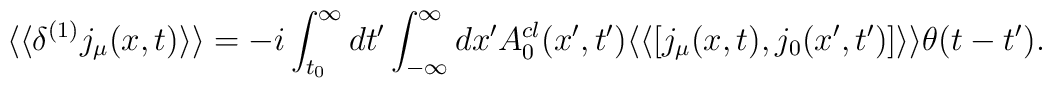
\langle \langle \delta^{(1)} j_\mu (x,t) \rangle \rangle  =  -i\int_{t_0}^{\infty} dt' \int_{-\infty}^{\infty} dx'  A_0^{cl}(x',t')  \langle \langle [j_\mu (x,t),j_0 (x',t')]\rangle \rangle \theta  (t-t').